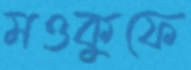
মওকুফে